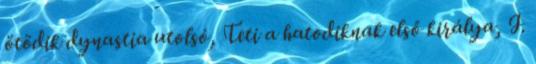
ötödik dynastia utolsó, Teti a hatodiknak első királya, I.